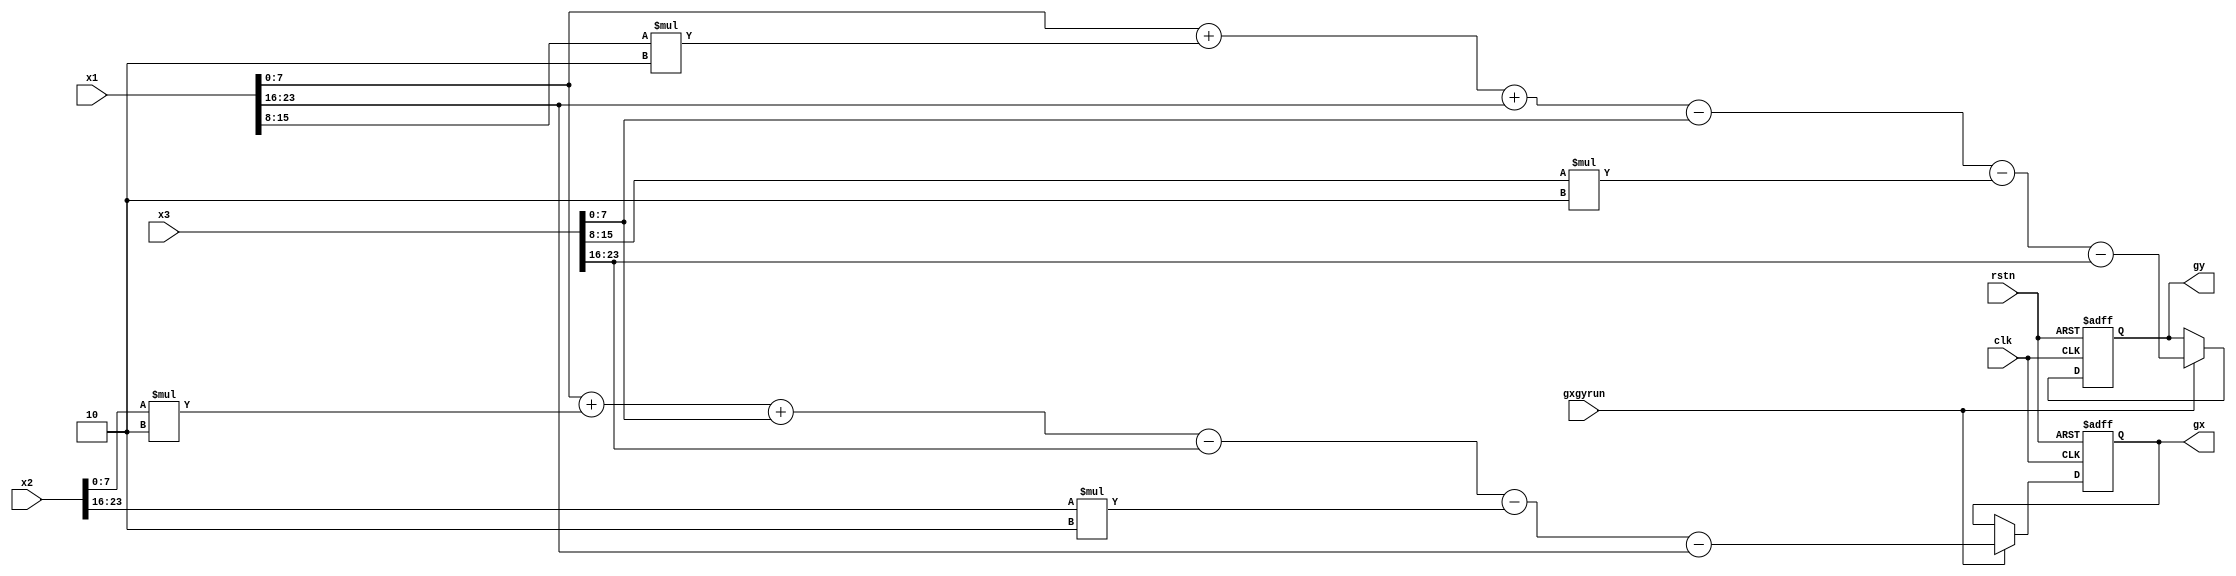
//========================
//
//     luyanheng
//     2014-03-27
//
//========================
module gxgy(
	clk,
	rstn,
	gxgyrun,
	x1,
	x2,
	x3,
	gx,
	gy
);

	input					clk;
	input					rstn;
	input					gxgyrun;
	input	[23:0]			x1;
	input	[23:0]			x2;
	input	[23:0]			x3;
	output	signed	[10:0]			gx;
	output	signed	[10:0]			gy;
	
	reg				[10:0]			gx;
	reg				[10:0]			gy;
	
	always@(posedge clk or negedge rstn)
		if(!rstn)
			begin
				gx<='d0;
				gy<='d0;
			end
		else if(gxgyrun)
			begin
				gy<=x1[7:0]+x1[15:8]*2+x1[23:16]-x3[7:0]-x3[15:8]*2-x3[23:16];
				gx<=x1[7:0]+x2[7:0]*2+x3[7:0]-x3[23:16]-x2[23:16]*2-x1[23:16];
			end
		
endmodule